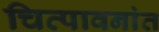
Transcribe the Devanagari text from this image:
चित्पावनांत